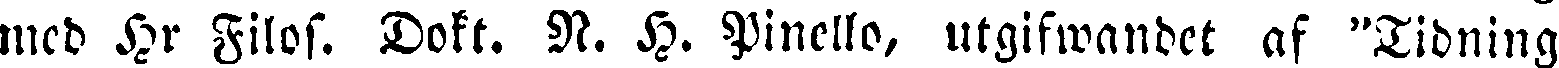
med Hr Filos. Dokt. N. H. Pinello, utgifwandet af "Tidning